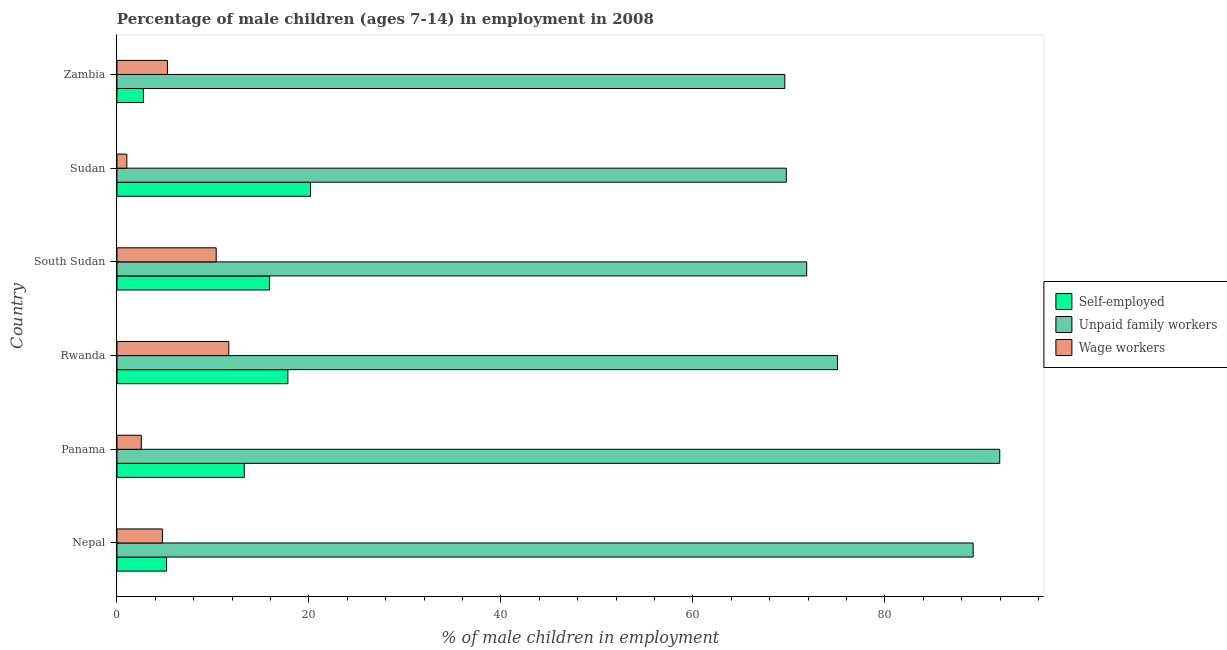
| Country | Self-employed | Unpaid family workers | Wage workers |
 | --- | --- | --- | --- |
 | Nepal | 5.17 | 89.2 | 4.75 |
 | Panama | 13.3 | 92 | 2.54 |
 | Rwanda | 17.8 | 75.1 | 11.7 |
 | South Sudan | 15.9 | 71.9 | 10.3 |
 | Sudan | 20.2 | 69.7 | 1.03 |
 | Zambia | 2.76 | 69.6 | 5.26 |